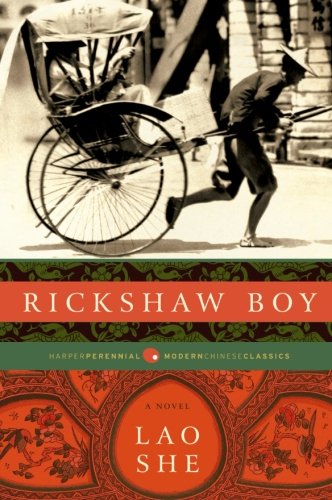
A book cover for Rickshaw Boy: A Novel; She Lao; Literature & Fiction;